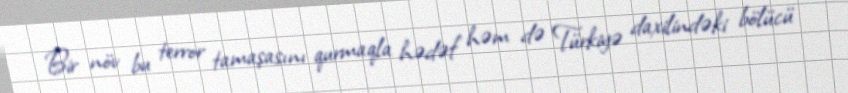
Bir növ bu terror tamaşasını qurmaqla hədəf həm də Türkiyə daxilindəki bölücü